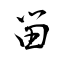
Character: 畄